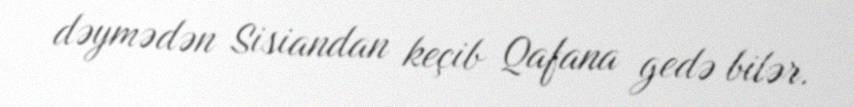
dəymədən Sisiandan keçib Qafana gedə bilər.